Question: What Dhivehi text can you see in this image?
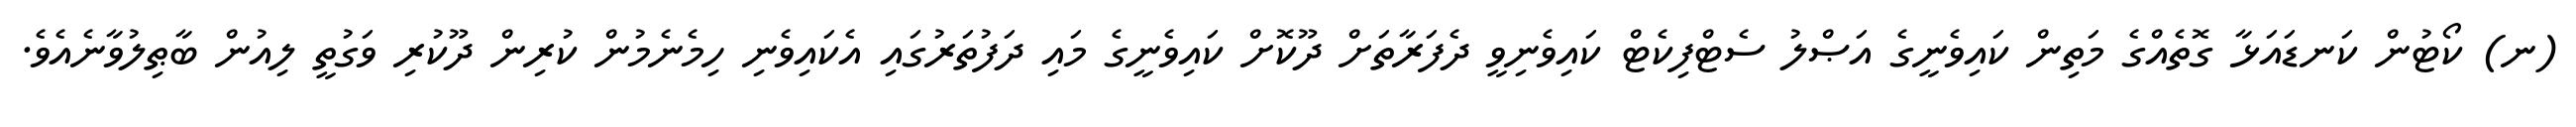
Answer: (ނ) ކޯޓުން ކަނޑައަޅާ ގޮތެއްގެ މަތިން ކައިވެނީގެ އަޞްލު ސެޓްފިކެޓް ކައިވެނިވީ ދެފަރާތަށް ދޫކޮށް ކައިވެނީގެ މައި ދަފުތަރުގައި އެކައިވެނި ހިމެނެމުން ކުރިން ދޫކުރި ވަގުތީ ލިއުން ބާޠިލުވާނެއެވެ.